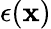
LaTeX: \epsilon(\mathbf{x})